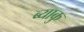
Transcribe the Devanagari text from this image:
ब्याकु